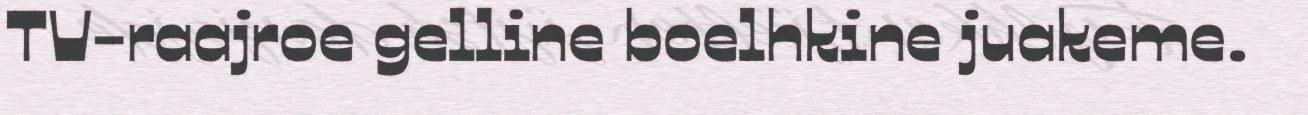
TV-raajroe gelline boelhkine juakeme.